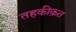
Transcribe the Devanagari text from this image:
तहकीक़त